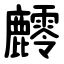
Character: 䴫